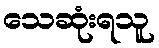
သေဆုံးရသူ